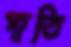
পাতি